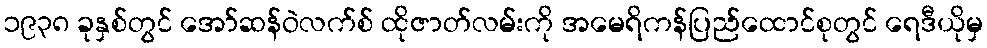
၁၉၃၈ ခုနှစ်တွင် အော်ဆန်ဝဲလက်စ် ထိုဇာတ်လမ်းကို အမေရိကန်ပြည်ထောင်စုတွင် ရေဒီယိုမှ